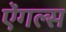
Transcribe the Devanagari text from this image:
ऐंगल्स